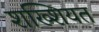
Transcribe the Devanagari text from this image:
शख्शियत